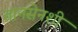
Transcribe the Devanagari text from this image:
तानसेनशी